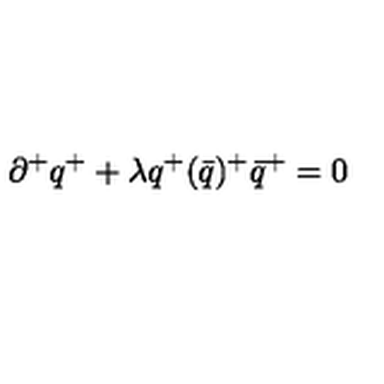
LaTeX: \partial ^ { + } q ^ { + } + \lambda { q ^ { + } ( \bar { q } ) ^ { + } } { \bar { q } } ^ { + } = 0